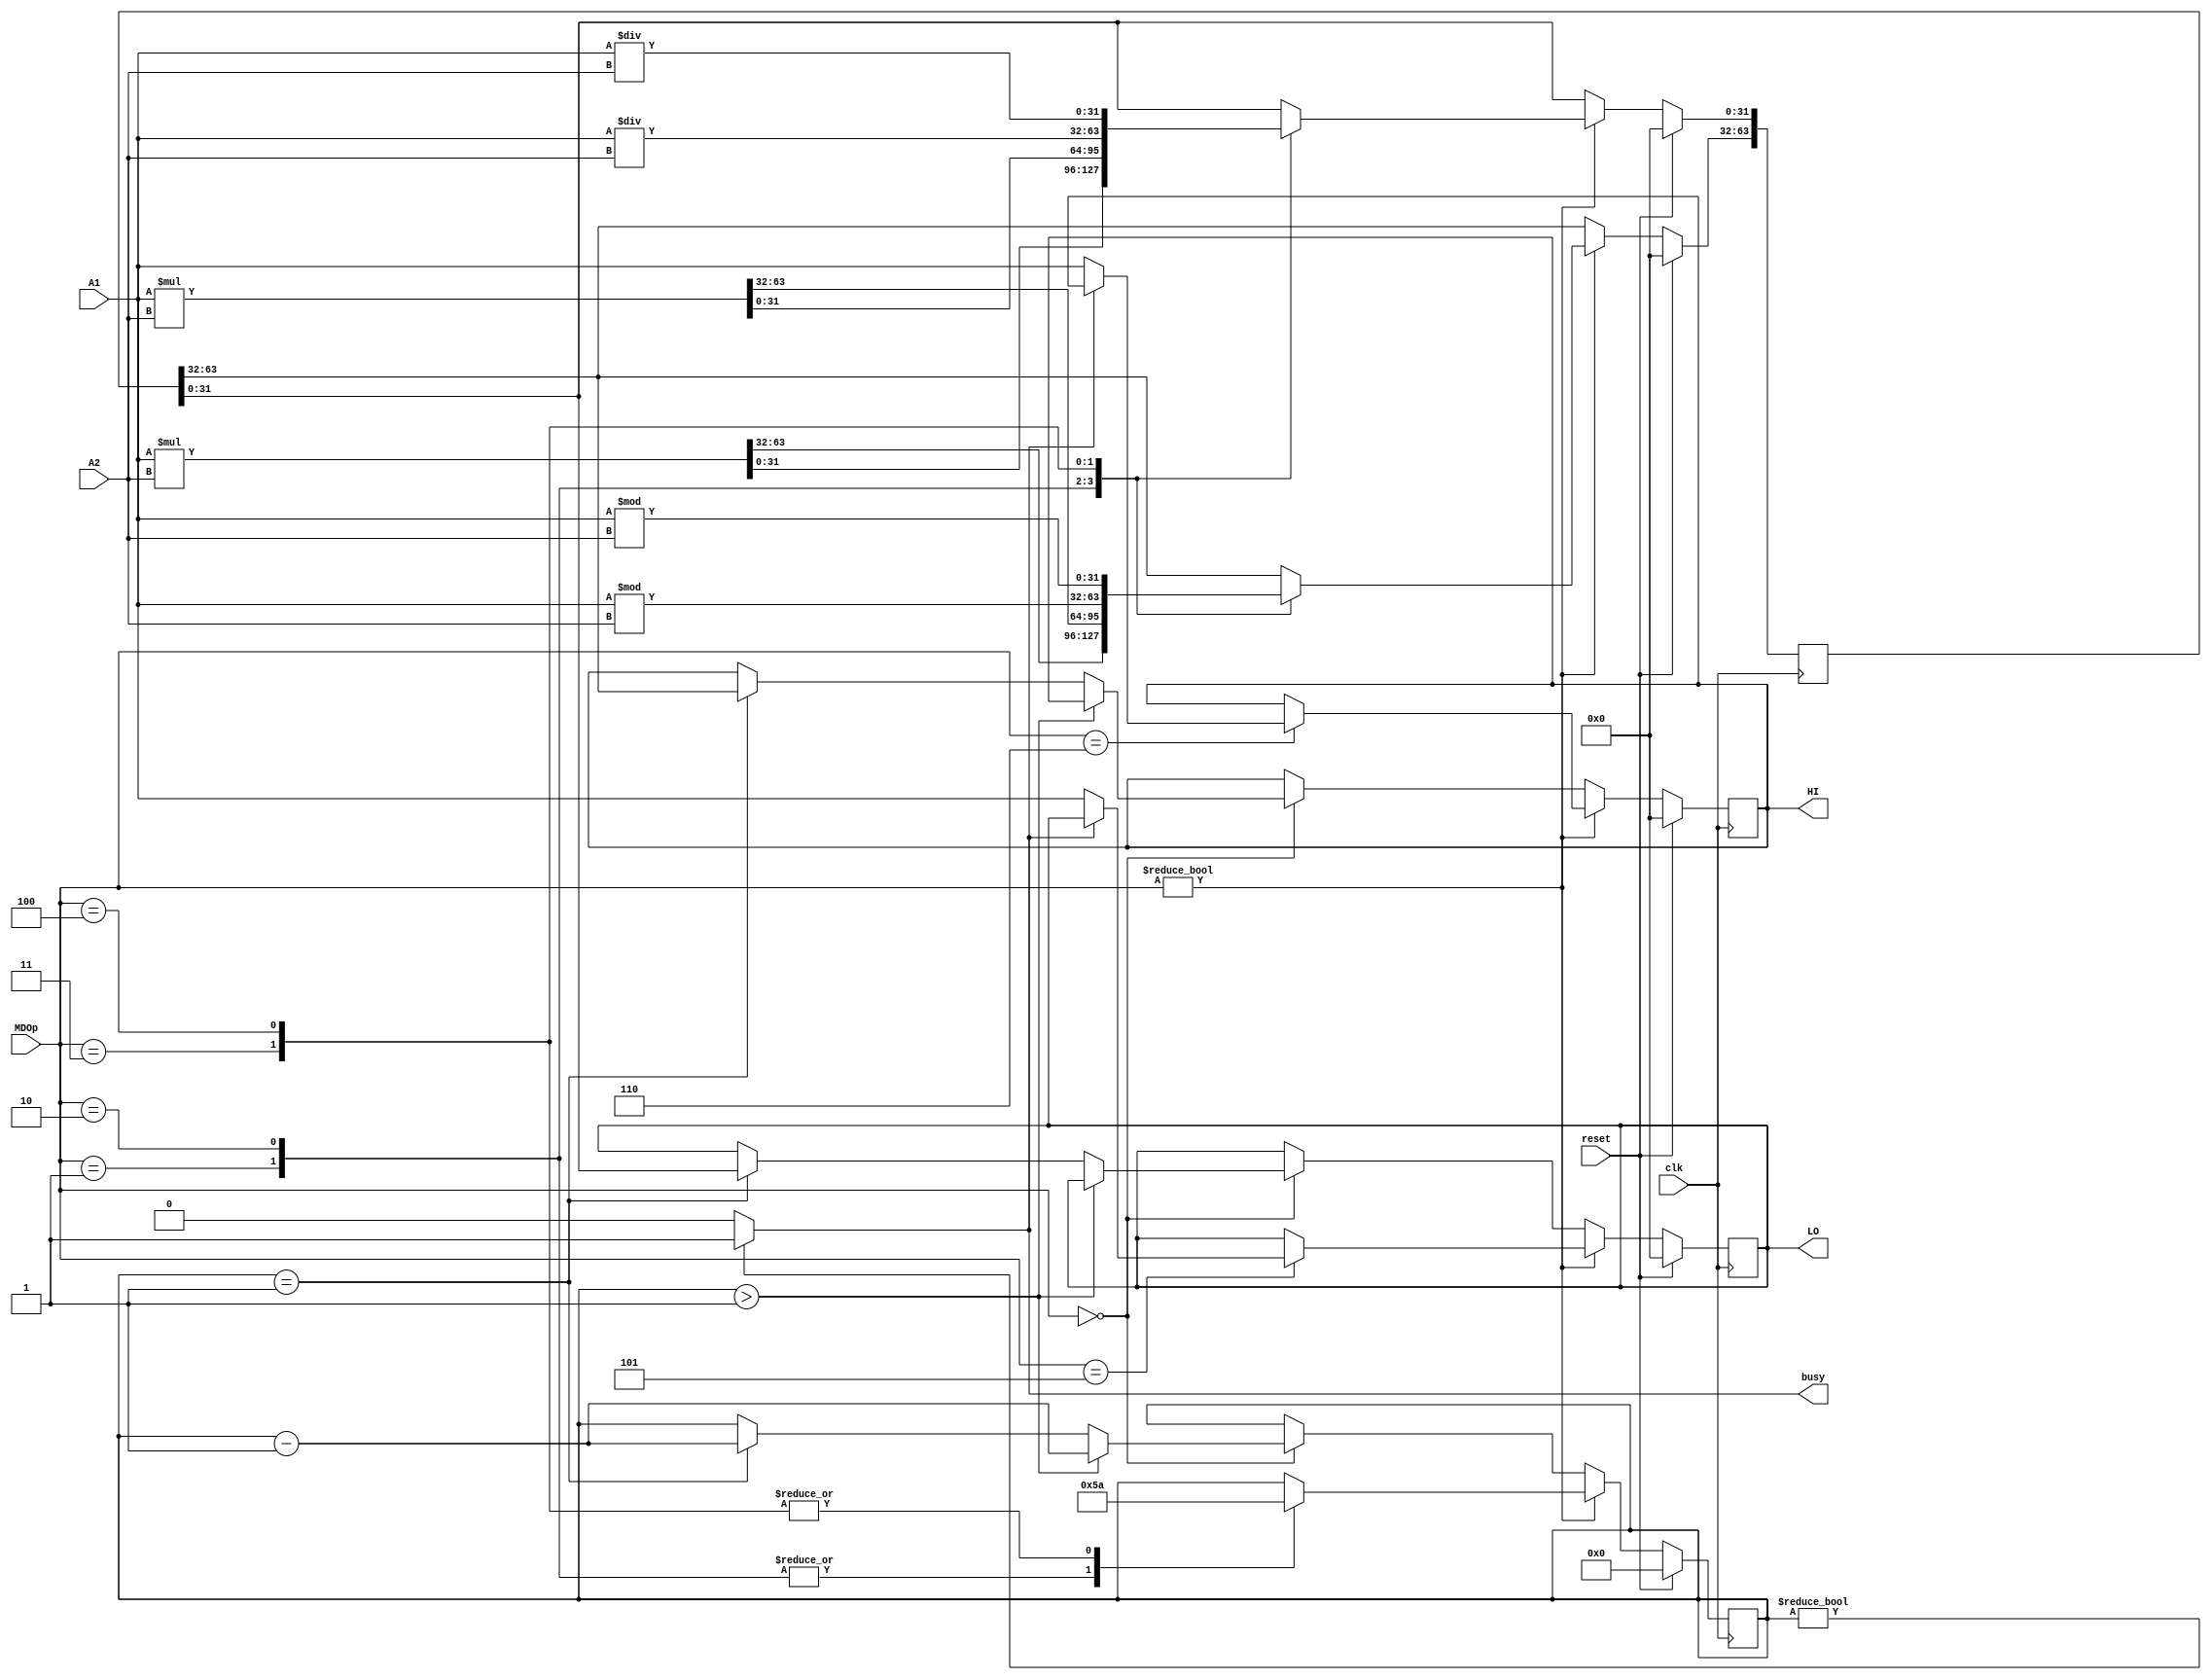
`timescale 1ns / 1ps
//////////////////////////////////////////////////////////////////////////////////
// Company: 
// Engineer: 
// 
// Design Name: 
// Module Name:    MD 
// Project Name: 
// Target Devices: 
// Tool versions: 
// Description: 
//
// Dependencies: 
//
// Revision: 
// Revision 0.01 - File Created
// Additional Comments: 
//
//////////////////////////////////////////////////////////////////////////////////
`define MULT    4'b0001
`define MULTU   4'b0010
`define DIV     4'b0011
`define DIVU    4'b0100
`define MTLO    4'b0101
`define MTHI    4'b0110
module MD(
    input [31:0] A1,
    input [31:0] A2,
    input clk,
    input reset,
	 input [3:0] MDOp,
    output reg [31:0] LO,
    output reg [31:0] HI,
	 output busy
    );
	 reg [63:0] res;
	 reg [3:0] cnt;
	 initial begin
		res = 64'h0000000000000000;
		cnt = 4'b0000;
		LO = 32'h00000000;
		HI = 32'h00000000;
	 end
	 always@(posedge clk) begin
		if (reset == 1'b1) begin
			res <= 64'h0000000000000000;
			cnt <= 4'b0000;
			LO <= 32'h00000000;
			HI <= 32'h00000000;
		end
		else begin
			if (MDOp != 4'b0000) begin
				case(MDOp)
				`MULT: begin
					res <= $signed(A1) * $signed(A2);
					cnt <= 5;
				end
				`MULTU: begin
					res <= A1 * A2;
					cnt <= 5;
				end
				`DIV: begin
					res[31:0] <= $signed(A1) / $signed(A2);
					res[63:32] <= $signed(A1) % $signed(A2);
					cnt <= 10;
				end
				`DIVU: begin
					res[31:0] <= A1 / A2;
					res[63:32] <= A1 % A2;
					cnt <= 10;
				end
				`MTLO: begin
					if (busy == 0) begin
						LO <= A1;
					end
					else begin
					end
				end
				`MTHI: begin
					if (busy == 0) begin
						HI <= A1;
					end
					else begin
					end
				end
				default: begin
				end
			endcase
			end
			else if (MDOp == 4'b0000) begin
				if (cnt > 1) begin
					cnt <= cnt - 1;
				end
				else if (cnt == 1) begin
					cnt <= cnt - 1;
					LO <= res[31:0];
					HI <= res[63:32];
				end
				else begin
				end
			end
			else begin
			end
		end
	 end
	 assign busy = (cnt != 0) ? 1 : 0;
endmodule